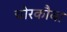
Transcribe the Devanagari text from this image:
चोरकौवा